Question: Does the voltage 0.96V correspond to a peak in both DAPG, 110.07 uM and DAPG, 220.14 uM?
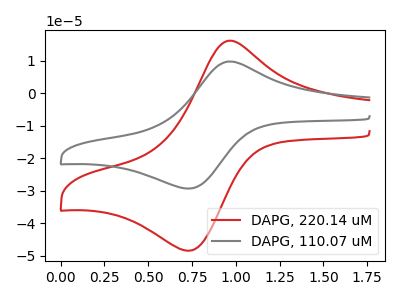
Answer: <think>The red curve "DAPG, 220.14 uM" has an anodic peak at (0.95V, 16.20uA) and a cathodic peak at (0.75V, -48.50uA). The gray curve "DAPG, 110.07 uM" has an anodic peak at (0.95V, 9.80uA) and a cathodic peak at (0.75V, -29.35uA).</think>
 <answer>Yes, "DAPG, 110.07 uM" and "DAPG, 220.14 uM" share a peak at 0.96V.</answer>
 <eval>match</eval>